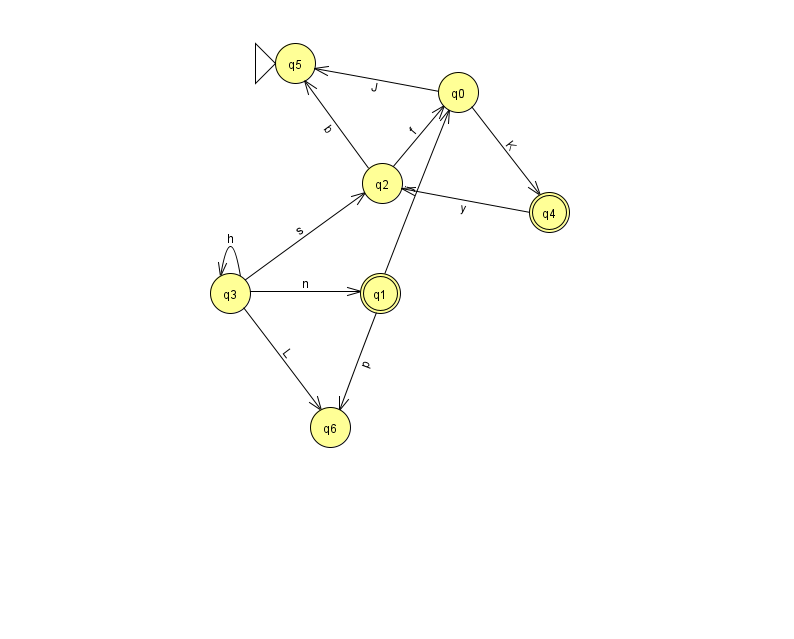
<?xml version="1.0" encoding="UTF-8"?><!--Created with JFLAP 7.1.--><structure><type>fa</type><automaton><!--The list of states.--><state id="0" name="q0"><x>458.0</x><y>79.0</y></state><state id="1" name="q1"><x>380.0</x><y>280.0</y><final/></state><state id="2" name="q2"><x>382.0</x><y>170.0</y></state><state id="3" name="q3"><x>230.0</x><y>280.0</y></state><state id="4" name="q4"><x>549.0</x><y>199.0</y><final/></state><state id="5" name="q5"><x>295.0</x><y>50.0</y><initial/></state><state id="6" name="q6"><x>330.0</x><y>414.0</y></state><!--The list of transitions.--><transition><from>4</from><to>2</to><read>y</read></transition><transition><from>3</from><to>1</to><read>n</read></transition><transition><from>1</from><to>0</to><read>j</read></transition><transition><from>0</from><to>4</to><read>K</read></transition><transition><from>1</from><to>6</to><read>p</read></transition><transition><from>3</from><to>3</to><read>h</read></transition><transition><from>0</from><to>5</to><read>J</read></transition><transition><from>2</from><to>5</to><read>b</read></transition><transition><from>3</from><to>2</to><read>s</read></transition><transition><from>2</from><to>0</to><read>f</read></transition><transition><from>3</from><to>6</to><read>L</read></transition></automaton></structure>